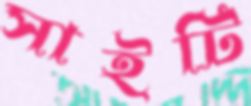
সাইটি